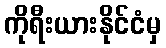
ကိုရီးယားနိုင်ငံမှ